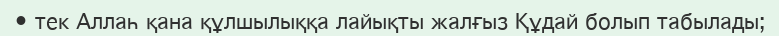
• тек Аллаһ қана құлшылыққа лайықты жалғыз Құдай болып табылады;